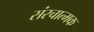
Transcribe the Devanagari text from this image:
संरचात्मक